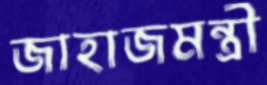
জাহাজমন্ত্রী